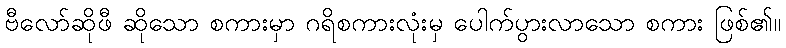
ဗီလော်ဆိုဖီ ဆိုသော စကားမှာ ဂရိစကားလုံးမှ ပေါက်ပွားလာသော စကား ဖြစ်၏။